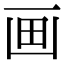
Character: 画